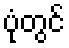
ပုံတွင်